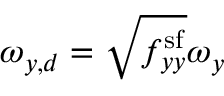
\omega _ { y , d } = \sqrt { f _ { y y } ^ { \mathrm { s f } } } \omega _ { y }